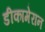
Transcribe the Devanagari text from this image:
डीकामेरान